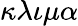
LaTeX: \kappa\lambda\iota\mu\alpha